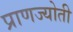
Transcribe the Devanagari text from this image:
प्राणज्योती